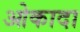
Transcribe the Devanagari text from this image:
ओकादा